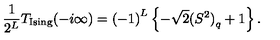
\frac { 1 } { 2 ^ { L } } T _ { \mathrm { I s i n g } } ( - i \infty ) = { ( - 1 ) } ^ { L } \left\{ - \sqrt { 2 } { ( S ^ { 2 } ) } _ { q } + 1 \right\} .